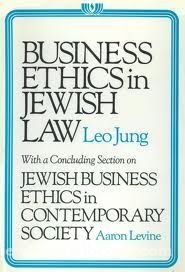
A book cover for Business Ethics in Jewish Law: With a Concluding Section on Jewish Business Ethics in Contemporary Society; Leo Jung; Religion & Spirituality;